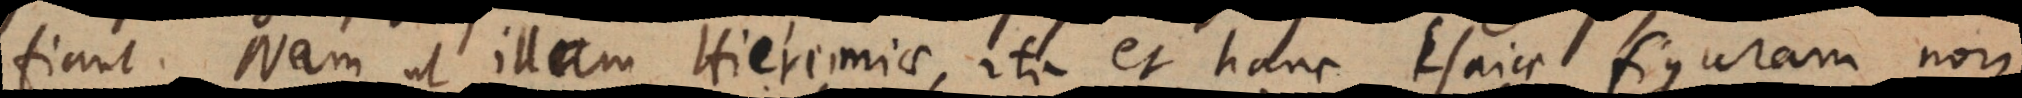
fiant. Nam ut illam Hieremiae, ita et hanc Esaiae figuram non